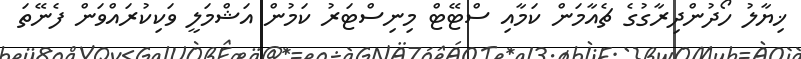
ޚިޔާލު ހޯދުންދިރާގުގެ ޗެއާމަން ކަމާއި ސްޓޭޓް މިނިސްޓަރު ކަމުން އަޝްމަލީ ވަކިކުރައްވަން ފެނޭތަ